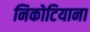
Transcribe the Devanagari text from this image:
निकोटियाना